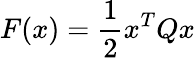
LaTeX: F(x)={\frac{1}{2}}x^{T}Qx